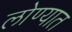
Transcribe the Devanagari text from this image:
लोण्यात